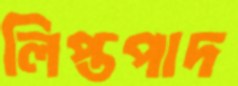
লিপ্তপাদ